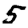
Digit: 5